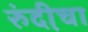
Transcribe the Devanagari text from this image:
रुंदी़चा